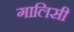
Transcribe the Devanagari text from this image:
गालिसी